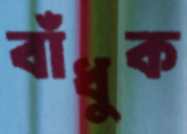
বাঁধুক